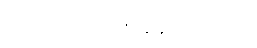
အေးတာ တစ်ခုခုလောက်။